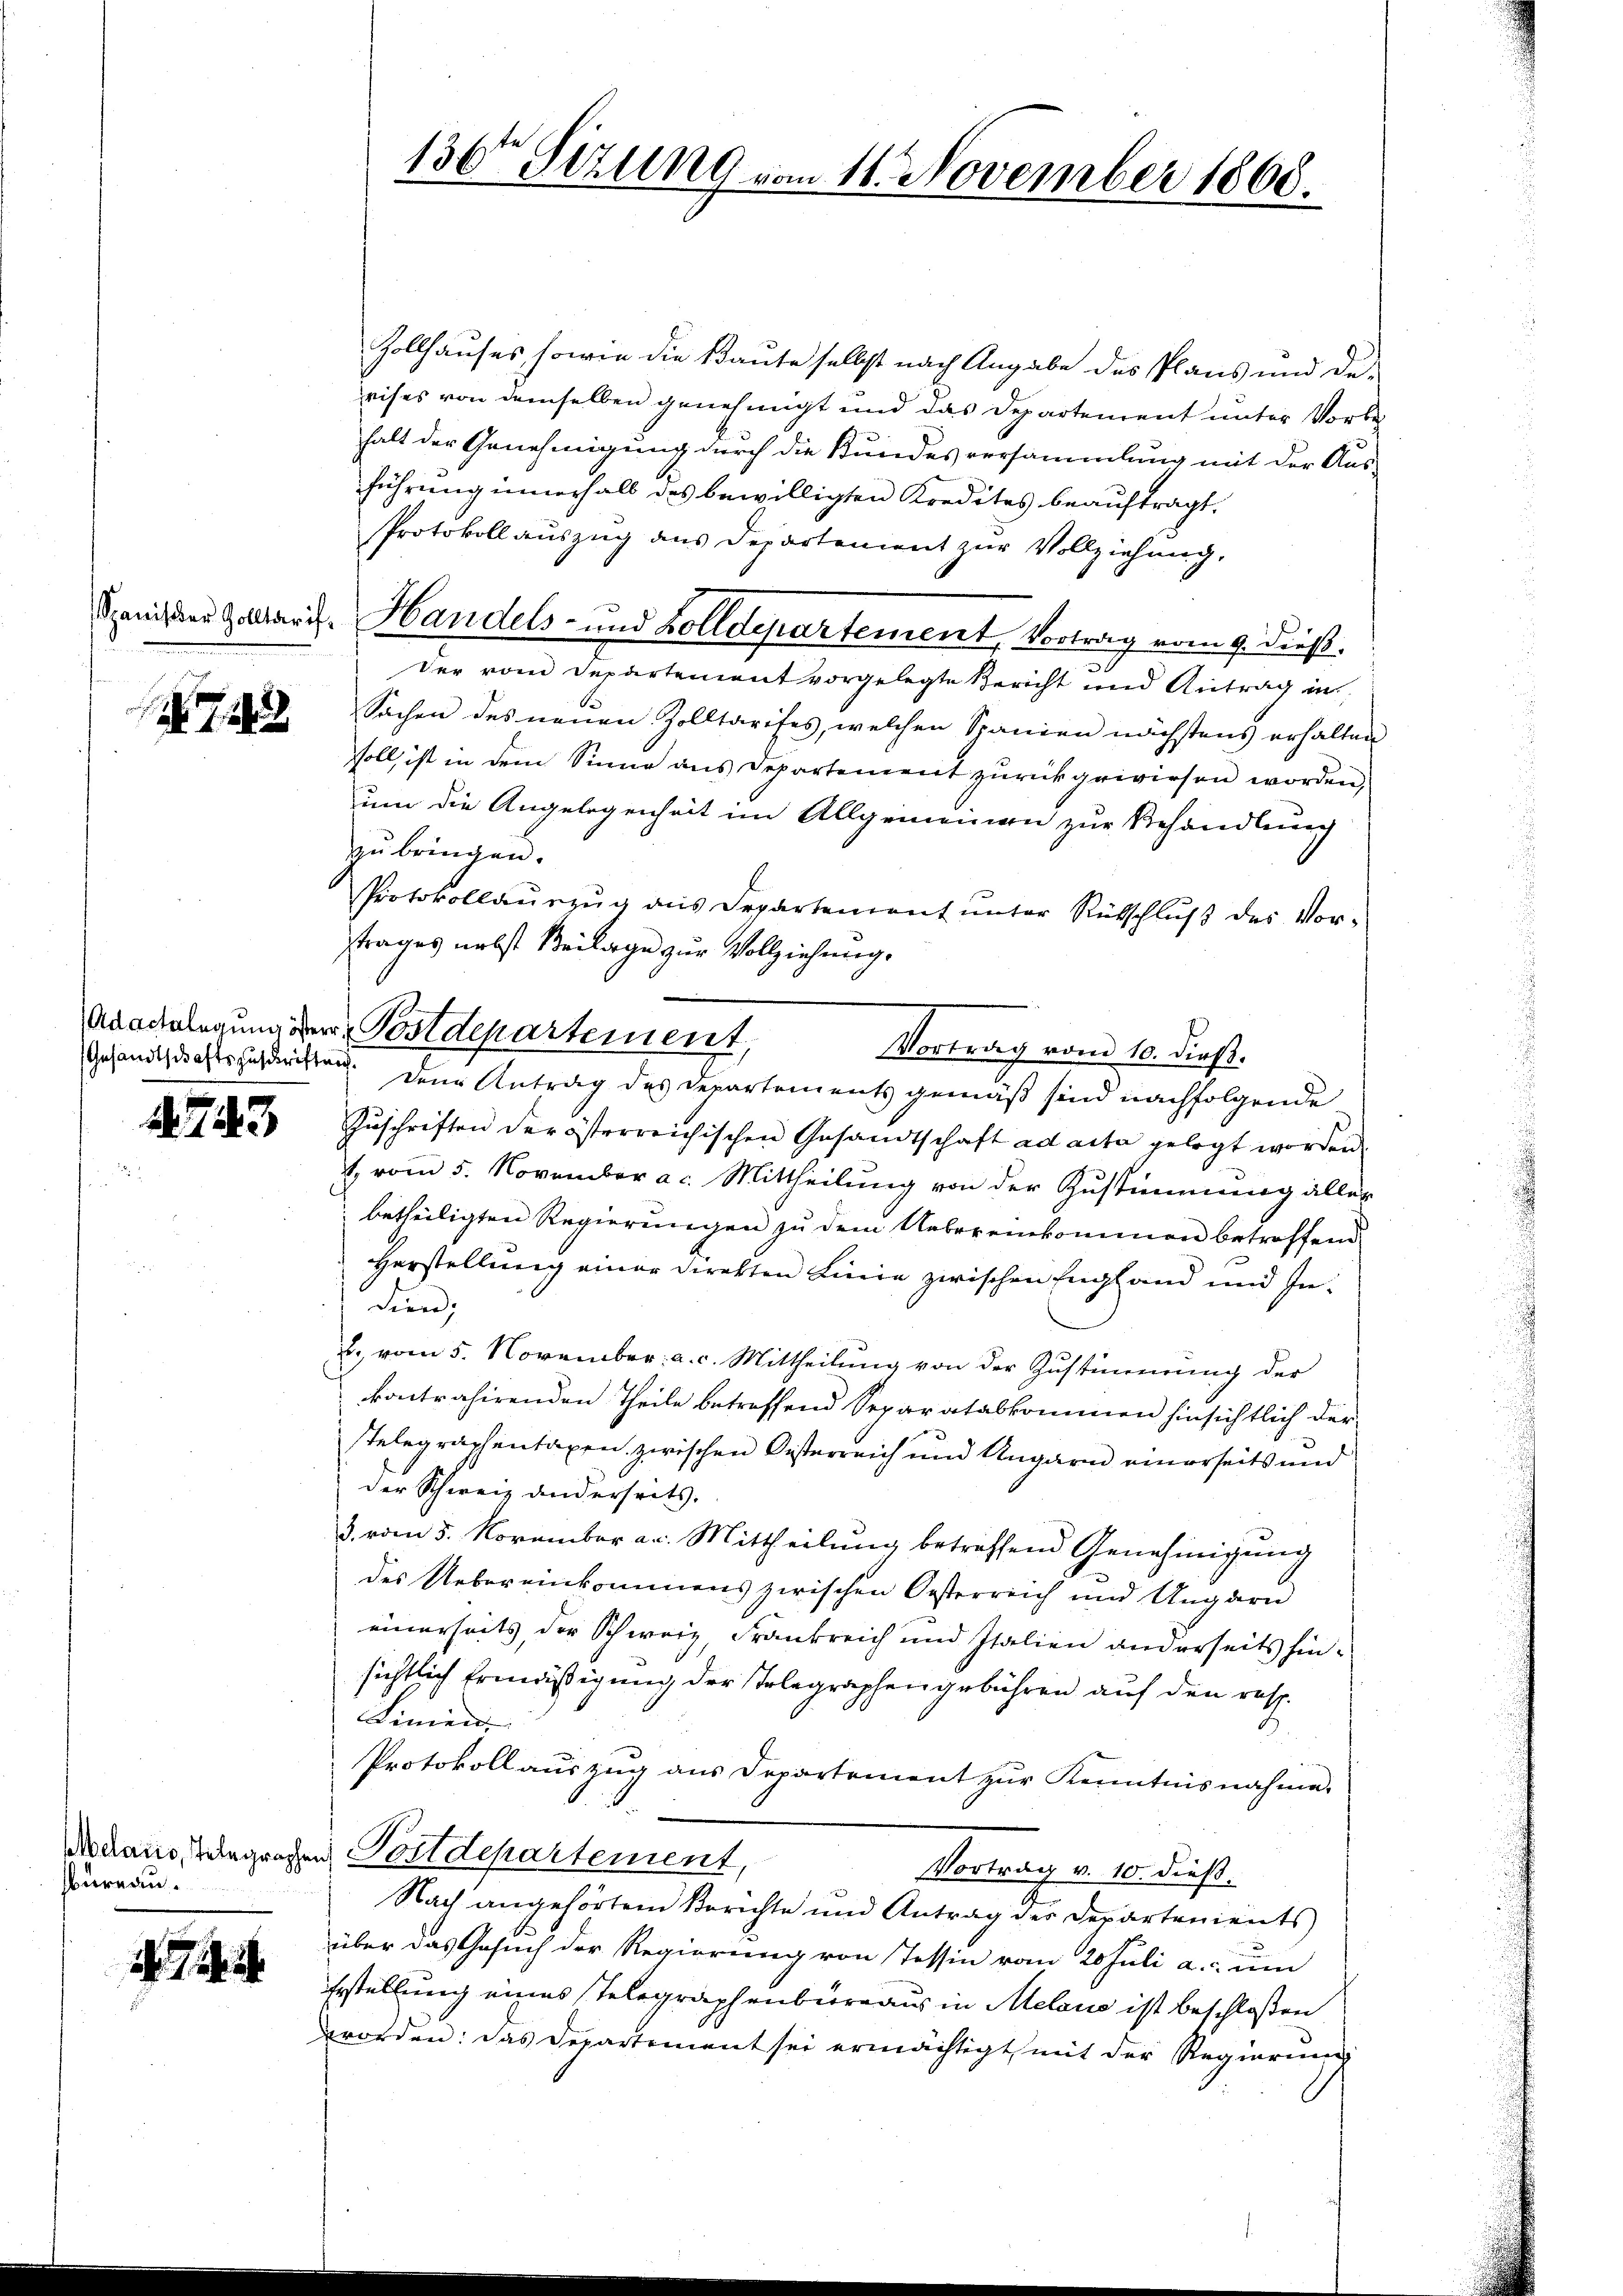
722

Gesandtschaftszuschriftung.

743

Aelario, Telegraphen
bureau.

136 Stzung vom 11. November 1868.

Zollhauses, sowie die Baute selbst nach Angabe des Plans und de-
rises von demselben genehmigt und das Departement unter Vorbehalt der Genehmigung durch die Bundesversammlung mit der Aus-
führung innerhalb des bewilligten Kredites beauftragt.
Protokoll auszug aus Departement zur Vollziehung.
Der vom Departement vorgelegte Bericht und Antrag in
Sachen des neuen Zolltarifes, welchen Spanien nächstens erhalten
soll ist in dem Sinne aus Departement zurückgewiesen worden,
um die Angelegenheit im Allgemeinen zur Behandlung
zu bringen.
Protokollauszug aus Departement unter Rütschluß des Vortrages nebst Beilage zur Vollziehung.
Vortrag vom 10. dieß.
Den Antrag des Departements gemäß sind nachfolgende
Zŭschriften der österreichischen Gesandtschaft ad acta gelegt worden.
. vom 5. November a. Mittheilung von der Zustimmung alles
 betheiligten Regierungen zu dem Uebereinkommen betroffend
Herstellung einer Direkten Linie zwischen England und Indien,
2. vom 5. November a. c. Mittheilung von der Zustimmung der
kontrahirenden Theile betreffend Separatabkommen hinsichtlich dersTelegraphentaxen zwischen Disterreich und Ungarn einerseits und
der Schweiz anderseits,
3. vom 5. November an. Mittheilung betroffend Genehmigung
des Uebereinkommens zwischen Oesterreich und Ungarn
einerseits, der Schweiz, Frankreich und Italien anderseits hinsichtlich Ermäßigung der Telegraphen gebühren auf den resp.
Linien
Protokollauszug aus Departement zur Kenntnisnahme.
u Postdepartement,
Vortrag v. 10. dieß.
Nach angehörtem Berichte und Antrag der Departements
über das Gesuch der Regierung von Tessin vom 20 Juli a. um
Erstellung eines Telegraphenbüreaus in Meland ist beschloßen
worden: das Departement sei ermächtigt mit der Regierung

Adalbelegung der Postdepartement,

Spanister Zollaris, Handels- und Zolldepartement, Vortrag vom 9. dieß.